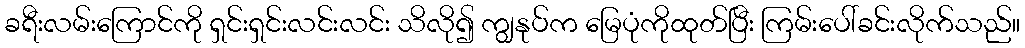
ခရီးလမ်းကြောင်ကို ရှင်းရှင်းလင်းလင်း သိလို၍ ကျွနုပ်က မြေပုံကိုထုတ်ပြီး ကြမ်းပေါ်ခင်းလိုက်သည်။